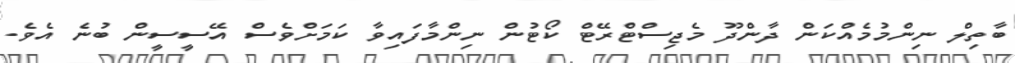
ބާތިލް ނިންމުމެއްކަން ދާންދޫ މެޖިސްޓްރޭޓް ކޯޓުން ނިންމާފައިވާ ކަމަށްވެސް އޭސީސީން ބުނެ އެވެ.